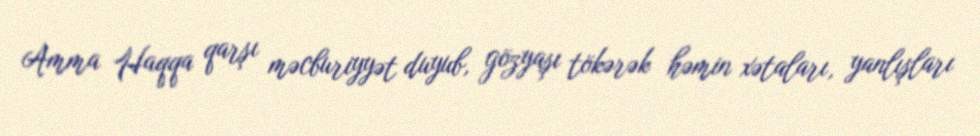
Amma Haqqa qarşı məcburiyyət duyub, gözyaşı tökərək həmin xətaları, yanlışları